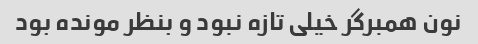
نون همبرگر خیلی تازه نبود و بنظر مونده بود